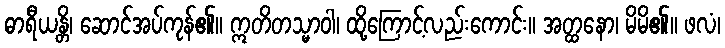
ဓာရီယန္တိ၊ ဆောင်အပ်ကုန်၏။ ဣတိတသ္မာဝါ၊ ထို့ကြောင့်လည်းကောင်း။ အတ္ထနော၊ မိမိ၏။ ဖလံ၊